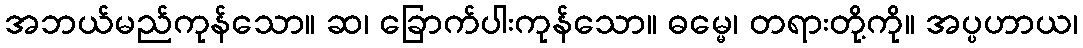
အဘယ်မည်ကုန်သော။ ဆ၊ ခြောက်ပါးကုန်သော။ ဓမ္မေ၊ တရားတို့ကို။ အပ္ပဟာယ၊